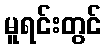
မူရင်းတွင်